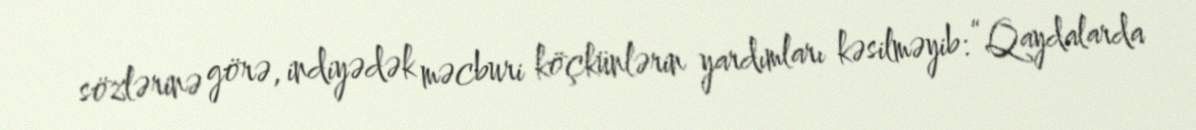
sözlərinə görə, indiyədək məcburi köçkünlərin yardımları kəsilməyib: “Qaydalarda